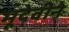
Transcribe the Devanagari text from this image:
भूदेवीने